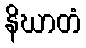
နိဃာတံ